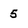
Character: 5